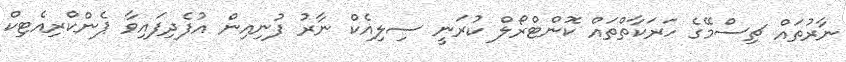
ނާރުތައް ޗިސްމޭގެ ހަރަކާތްތައް ކޮންޓްރޯލް ކުރަނީ ސިލިއެކް ނާރު ފުނިއިން އުފެދިފައިވާ ޕެންކްރިއެޓިކް